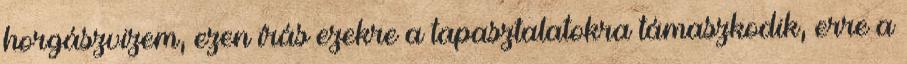
horgászvizem, ezen írás ezekre a tapasztalatokra támaszkodik, erre a